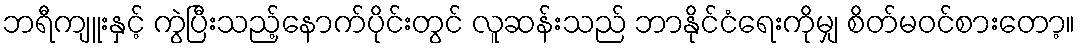
ဘရီကျူးနှင့် ကွဲပြီးသည့်နောက်ပိုင်းတွင် လူဆန်းသည် ဘာနိုင်ငံရေးကိုမျှ စိတ်မဝင်စားတော့။